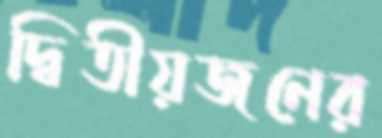
দ্বিতীয়জনের